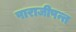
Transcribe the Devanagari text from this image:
पाराजीपन्त